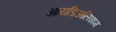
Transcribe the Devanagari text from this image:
आयडिअलिझम